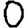
Digit: 0